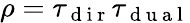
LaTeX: \rho=\tau_{\mathrm{~d~i~r~}}\tau_{\mathrm{~d~u~a~l~}}